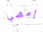
إمضي